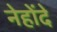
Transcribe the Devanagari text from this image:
नेहोंदे